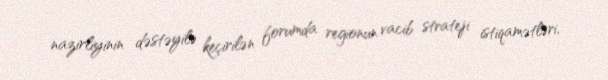
nazirliyinin dəstəyilə keçirilən forumda regionun vacib strateji istiqamətləri,